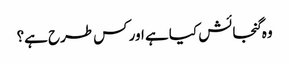
وہ گنجائش کیا ہے اور کس طرح ہے؟